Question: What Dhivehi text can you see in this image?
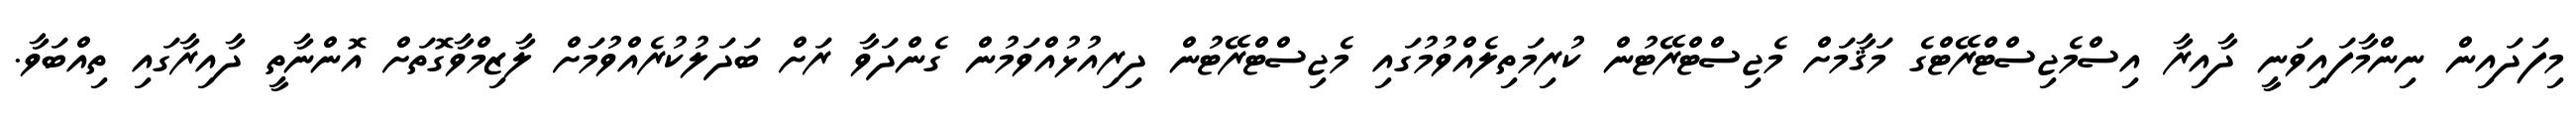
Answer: މިފަދައިން ނިންމާފައިވަނީ ދާއިރާ އިސްމެޖިސްޓްރޭޓްގެ މަޤާމަށް މެޖިސްޓްރޭޓުން ކުރިމަތިލެއްވުމުގައި މެޖިސްޓްރޭޓުން ދިރިއުޅުއްވަމުން ގެންދަވާ ރަށް ބަދަލުކުރެއްވުމަށް ލާޒިމްވާގޮތަށް އޮންނާތީ ދާއިރާގައި ތިއްބަވާ.